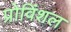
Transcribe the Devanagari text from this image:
प्रोविंशल